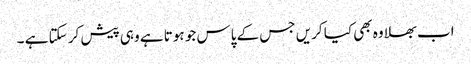
اب بھلا وہ بھی کیا کریں جس کے پاس جو ہوتا ہے وہی پیش کر سکتا ہے ۔